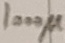
Text: 1000µ